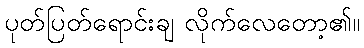
ပုတ်ပြတ်ရောင်းချ လိုက်လေတော့၏။